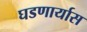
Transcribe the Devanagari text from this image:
घडणार्यास